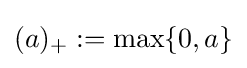
(a)_{+}:=\max\{0,a\}